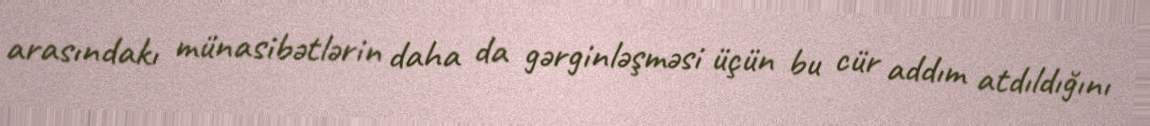
arasındakı münasibətlərin daha da gərginləşməsi üçün bu cür addım atdıldığını